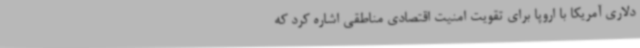
دلاری آمریکا با اروپا برای تقویت امنیت اقتصادی مناطقی اشاره کرد که